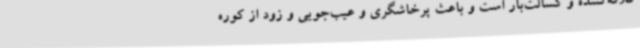
کلافه‌کننده و کسالت‌بار است و باعث پرخاشگری و عیب‌جویی و زود از کوره